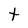
Character: t